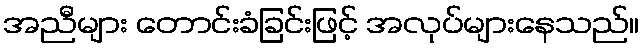
အညီများ တောင်းခံခြင်းဖြင့် အလုပ်များနေသည်။